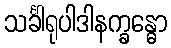
သင်္ခါရုပါဒါနက္ခန္ဓော